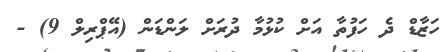
ހަޒާޑް ދެ ހަފުތާ އަށް ކުޅުމާ ދުރަށް ލަންޑަން (އޭޕްރިލް 9) -